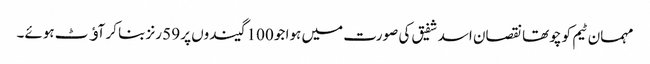
مہمان ٹیم کو چوتھا نقصان اسد شفیق کی صورت میں ہوا جو 100 گیندوں پر 59 رنز بنا کر آﺅٹ ہوئے۔